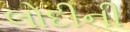
લોદીની